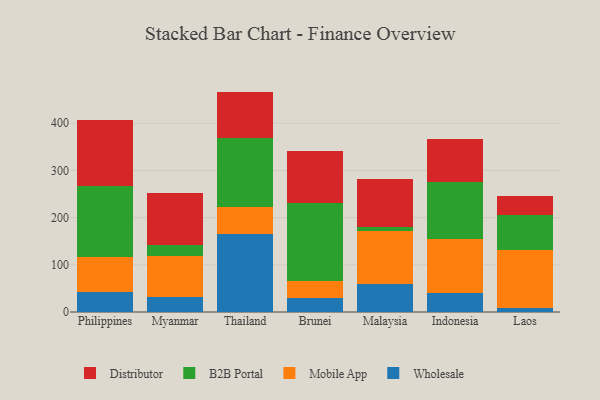
{"axis": {"x": "Country", "y": "Tickets Resolved"}, "legend": ["B2B Portal", "Distributor", "Mobile App", "Wholesale"], "data": [{"x": "Philippines", "y": 41.7, "type": "Wholesale"}, {"x": "Philippines", "y": 74.5, "type": "Mobile App"}, {"x": "Philippines", "y": 149.8, "type": "B2B Portal"}, {"x": "Philippines", "y": 141.8, "type": "Distributor"}, {"x": "Myanmar", "y": 32.7, "type": "Wholesale"}, {"x": "Myanmar", "y": 87.0, "type": "Mobile App"}, {"x": "Myanmar", "y": 21.7, "type": "B2B Portal"}, {"x": "Myanmar", "y": 111.8, "type": "Distributor"}, {"x": "Thailand", "y": 165.3, "type": "Wholesale"}, {"x": "Thailand", "y": 58.1, "type": "Mobile App"}, {"x": "Thailand", "y": 144.4, "type": "B2B Portal"}, {"x": "Thailand", "y": 99.3, "type": "Distributor"}, {"x": "Brunei", "y": 30.2, "type": "Wholesale"}, {"x": "Brunei", "y": 35.1, "type": "Mobile App"}, {"x": "Brunei", "y": 164.7, "type": "B2B Portal"}, {"x": "Brunei", "y": 110.6, "type": "Distributor"}, {"x": "Malaysia", "y": 59.6, "type": "Wholesale"}, {"x": "Malaysia", "y": 111.9, "type": "Mobile App"}, {"x": "Malaysia", "y": 7.8, "type": "B2B Portal"}, {"x": "Malaysia", "y": 101.7, "type": "Distributor"}, {"x": "Indonesia", "y": 40.4, "type": "Wholesale"}, {"x": "Indonesia", "y": 114.5, "type": "Mobile App"}, {"x": "Indonesia", "y": 121.4, "type": "B2B Portal"}, {"x": "Indonesia", "y": 90.2, "type": "Distributor"}, {"x": "Laos", "y": 7.6, "type": "Wholesale"}, {"x": "Laos", "y": 123.8, "type": "Mobile App"}, {"x": "Laos", "y": 74.3, "type": "B2B Portal"}, {"x": "Laos", "y": 39.7, "type": "Distributor"}]}